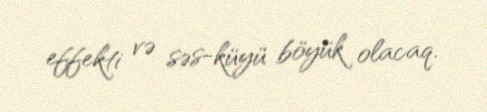
effekti və səs-küyü böyük olacaq.